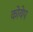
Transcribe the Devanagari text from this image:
कोयेप